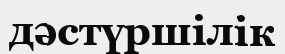
дәстүршілік